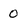
Character: 0